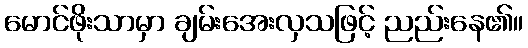
မောင်ဖိုးသာမှာ ချမ်းအေးလှသဖြင့် ညည်းနေ၏။